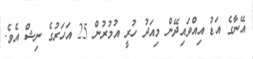
އޭނާގެ އަޑު އިއްވައިދޭން މިއަދު ހުރީ އުމުރުން 25 އަހަރުގެ ނިޝް އެވެ.